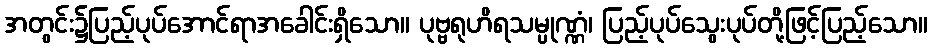
အတွင်း၌ပြည့်ပုပ်အောင်ရာအခေါင်းရှိသော။ ပုဗ္ဗရုဟိရသမ္ပုဏ္ဏံ၊ ပြည့်ပုပ်သွေးပုပ်တို့ဖြင့်ပြည့်သော။